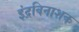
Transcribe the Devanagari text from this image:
इंद्रविनाशक